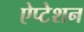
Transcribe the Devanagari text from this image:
ऐप्टेशन